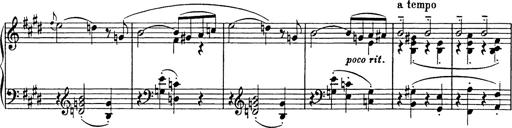
Title: Consolations
Composer: Franz Liszt